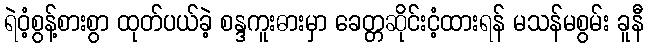
ရဲဝံ့စွန့်စားစွာ ထုတ်ပယ်ခဲ့ စန္ဒကူးဓားမှာ ခေတ္တဆိုင်းငံ့ထားရန် မသန်မစွမ်း ခူနီ